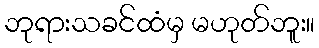
ဘုရားသခင်ထံမှ မဟုတ်ဘူး။